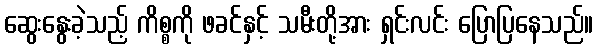
ဆွေးနွေးခဲ့သည့် ကိစ္စကို ဖခင်နှင့် သမီးတို့အား ရှင်းလင်း ပြောပြနေသည်။